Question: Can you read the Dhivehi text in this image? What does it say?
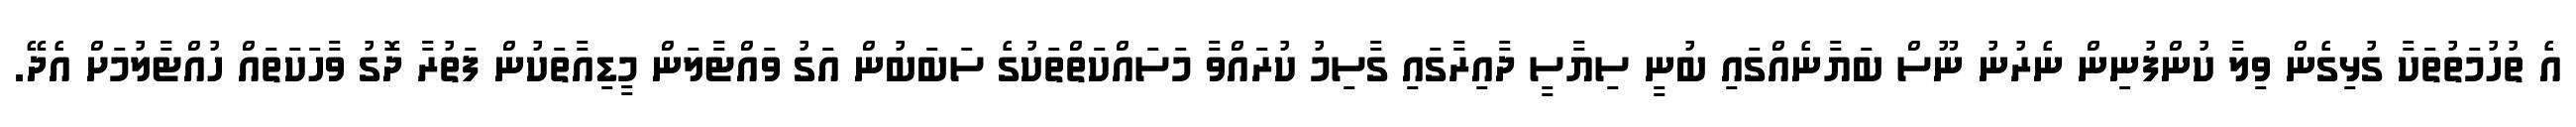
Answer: އެ ތުހުމަތުތަކާ ގުޅިގެން ވިލާ ކުންފުނިން ނެރުނު ނޫސް ބަޔާނެއްގައި ބުނީ ސިޔާސީ ދާއިރާގައި ގާސިމު ކުރައްވާ މަސައްކަތްތަކުގެ ސަބަބުން އަގު ވައްޓާލަން މީޑިއާތަކުން ފަތުރާ ދޮގު ވާހަކަތައް ހުއްޓާލުމަށް އެދޭ.